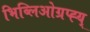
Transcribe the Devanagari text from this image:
भिब्लिओग्रप्ह्य्